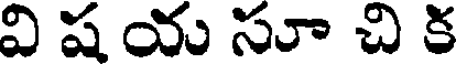
వి ష య సూ చి క